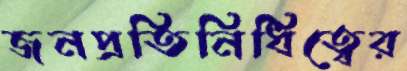
জনপ্রতিনিধিত্বের